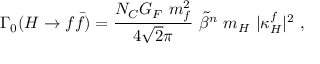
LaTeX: \Gamma _ { 0 } ( H \rightarrow f \bar { f } ) = \frac { N _ { C } G _ { F } \ m _ { f } ^ { 2 } } { 4 \sqrt { 2 } \pi } \ \tilde { \beta } ^ { n } \ m _ { H } \ | \kappa _ { H } ^ { f } | ^ { 2 } \ ,